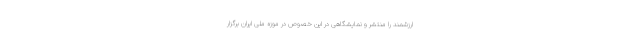
ارزشمند را منتشر و نمایشگاهی در این خصوص در موزه ملی ایران برگزار